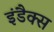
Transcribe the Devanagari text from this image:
इंडैक्स